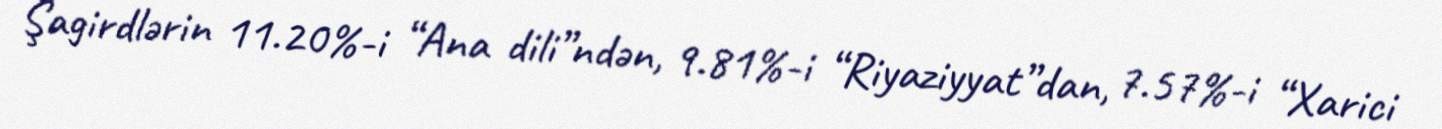
Şagirdlərin 11.20%-i “Ana dili”ndən, 9.81%-i “Riyaziyyat”dan, 7.57%-i “Xarici